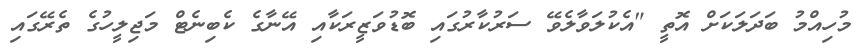
މުހިއްމު ބަދަލަކަށް އޮތީ "އެކުލަވާލެވޭ ސަރުކާރުގައި ބޮޑުވަޒީރަކާއި އޭނާގެ ކެބިނެޓް މަޖިލީހުގެ ތެރޭގައި